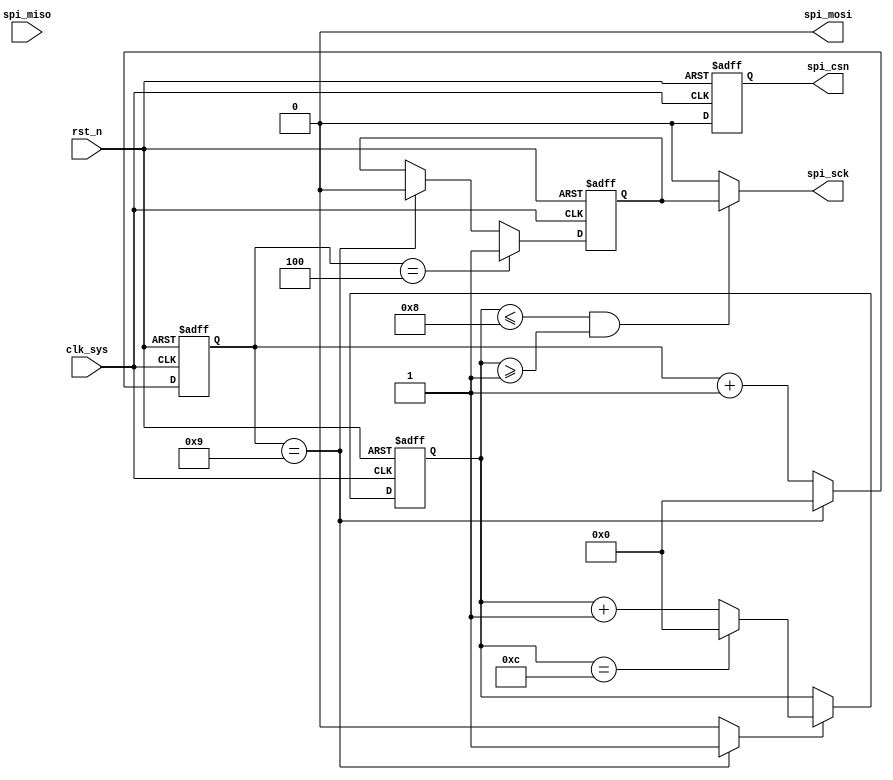
//arm_spi.v

module arm_spi(
//arm spi
spi_csn,
spi_sck,
spi_miso,
spi_mosi,
//clk rst
clk_sys,
rst_n
);
output spi_csn;
output spi_sck;
input	spi_miso;
output spi_mosi;

//clk rst
input clk_sys;
input rst_n;
//-----------------------------------------
//-----------------------------------------


//------------ spi_csn ------------
reg spi_csn;
always @(posedge clk_sys or negedge rst_n)	begin
	if(~rst_n)
		spi_csn <= 1'b1;
	else 
		spi_csn <= 1'b0;
end


//------------ spi_sck ------------
reg [3:0] cnt_cycle;
always @ (posedge clk_sys or negedge rst_n)	begin
	if(~rst_n)
		cnt_cycle <= 4'h0;
	else if(cnt_cycle == 4'h9)
		cnt_cycle <= 4'h0;
	else 
		cnt_cycle <= cnt_cycle + 4'h1;
end
wire pluse_10M;
assign pluse_10M = (cnt_cycle == 4'h9) ? 1'b1 : 1'b0;
reg [3:0] cnt_spi_bit;
always @(posedge clk_sys or negedge rst_n)	begin
	if(~rst_n)
		cnt_spi_bit <= 4'b0;
	else if(pluse_10M) begin
		if(cnt_spi_bit == 4'hc)
			cnt_spi_bit <= 4'h0;
		else 
			cnt_spi_bit <= cnt_spi_bit + 4'h1;
	end
	else ;
end
wire spi_en = (cnt_spi_bit <= 4'h8) & (cnt_spi_bit >= 4'h1);

reg spi_sck_i;
always @ (posedge clk_sys or negedge rst_n)	begin
	if(~rst_n)
		spi_sck_i <= 1'b0;
	else if(cnt_cycle == 4'h4)
		spi_sck_i <= 1'b1;
	else if(cnt_cycle == 4'h9)
		spi_sck_i <= 1'b0;
	else ;
end
wire spi_sck = spi_en ? spi_sck_i : 1'b0;


//----------- spi_mosi -----------
wire spi_mosi = 1'b0;



endmodule